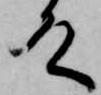
殿